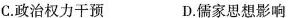
C. 政治权力干预 D. 儒家思想影响